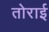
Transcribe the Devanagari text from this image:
तोराई